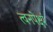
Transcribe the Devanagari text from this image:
त्वनपेक्ष्यं